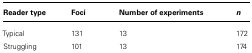
| Reader type | Foci | Number of experiments | n |
 | --- | --- | --- | --- |
 | Typical | 131 | 13 | 172 |
 | Struggling | 101 | 13 | 174 |